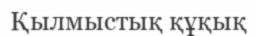
Қылмыстық құқық